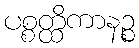
ပစ္စတ္ထိကာနဉ္စ